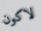
لاكون